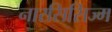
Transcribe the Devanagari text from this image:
नारसिसिज्म